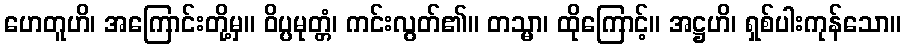
ဟေတူဟိ၊ အကြောင်းတို့မှ။ ဝိပ္ပမုတ္တံ၊ ကင်းလွတ်၏။ တသ္မာ၊ ထိုကြောင့်။ အဋ္ဌဟိ၊ ရှစ်ပါးကုန်သော။